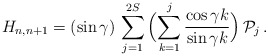
\begin{align*} H_{n,n+1} = (\sin\gamma) \, \sum_{j=1}^{2S} \, \Bigl( \sum_{k=1}^{j} \frac{\cos \gamma k}{\sin \gamma k} \Bigr) \, {\cal P}_j \,.\end{align*}